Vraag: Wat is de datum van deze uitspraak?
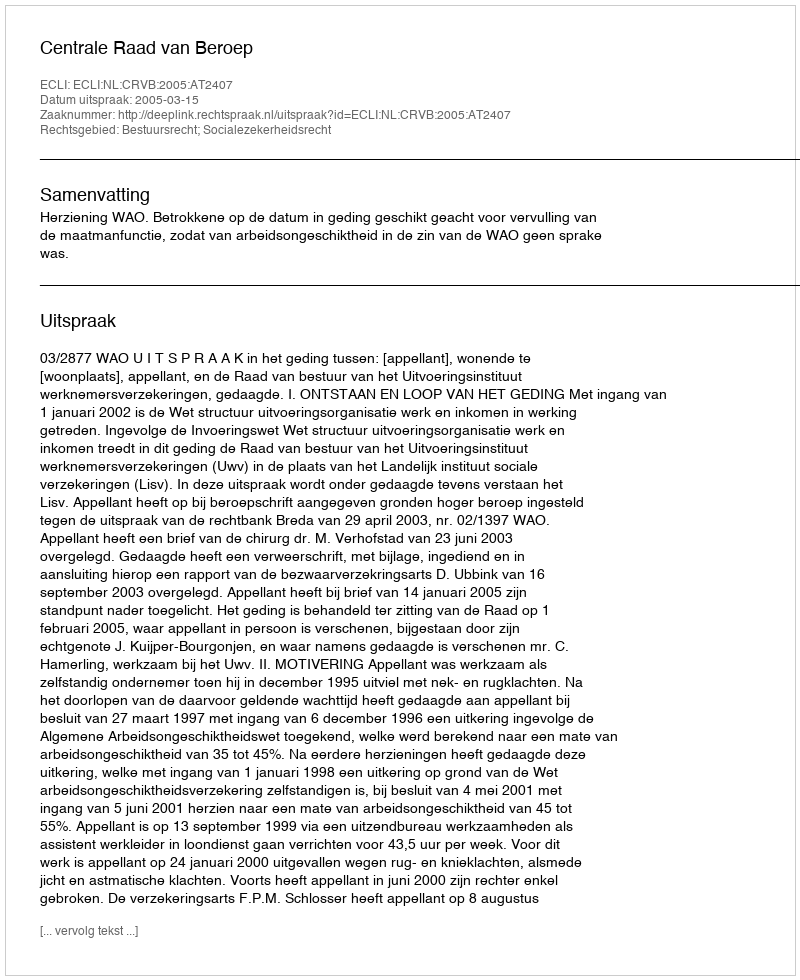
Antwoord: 2005-03-15